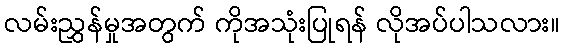
လမ်းညွှန်မှုအတွက် ကိုအသုံးပြုရန် လိုအပ်ပါသလား။